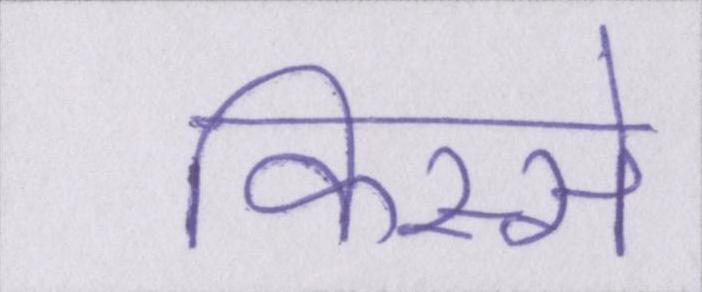
किस्से